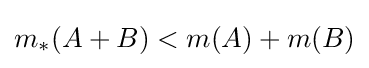
m_{*}(A+B)<m(A)+m(B)